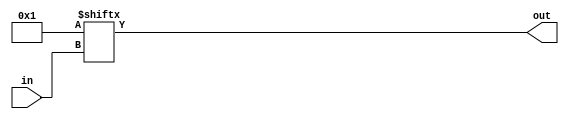
module lutN #(
    parameter N = 1,
    parameter init = 1
) (
    input [N-1:0] in,
    output out
);
  assign out = init[in];
endmodule

module LUT4_8192 (
    input I0,
    input I1,
    input I2,
    input I3,
    output O
);
wire coreir_lut4_inst0_out;
wire [3:0] coreir_lut4_inst0_in;
assign coreir_lut4_inst0_in = {I3,I2,I1,I0};
lutN #(
    .init(16'h2000),
    .N(4)
) coreir_lut4_inst0 (
    .in(coreir_lut4_inst0_in),
    .out(coreir_lut4_inst0_out)
);
assign O = coreir_lut4_inst0_out;
endmodule

module LUT4_8 (
    input I0,
    input I1,
    input I2,
    input I3,
    output O
);
wire coreir_lut4_inst0_out;
wire [3:0] coreir_lut4_inst0_in;
assign coreir_lut4_inst0_in = {I3,I2,I1,I0};
lutN #(
    .init(16'h0008),
    .N(4)
) coreir_lut4_inst0 (
    .in(coreir_lut4_inst0_in),
    .out(coreir_lut4_inst0_out)
);
assign O = coreir_lut4_inst0_out;
endmodule

module LUT4_64 (
    input I0,
    input I1,
    input I2,
    input I3,
    output O
);
wire coreir_lut4_inst0_out;
wire [3:0] coreir_lut4_inst0_in;
assign coreir_lut4_inst0_in = {I3,I2,I1,I0};
lutN #(
    .init(16'h0040),
    .N(4)
) coreir_lut4_inst0 (
    .in(coreir_lut4_inst0_in),
    .out(coreir_lut4_inst0_out)
);
assign O = coreir_lut4_inst0_out;
endmodule

module LUT4_512 (
    input I0,
    input I1,
    input I2,
    input I3,
    output O
);
wire coreir_lut4_inst0_out;
wire [3:0] coreir_lut4_inst0_in;
assign coreir_lut4_inst0_in = {I3,I2,I1,I0};
lutN #(
    .init(16'h0200),
    .N(4)
) coreir_lut4_inst0 (
    .in(coreir_lut4_inst0_in),
    .out(coreir_lut4_inst0_out)
);
assign O = coreir_lut4_inst0_out;
endmodule

module LUT4_4096 (
    input I0,
    input I1,
    input I2,
    input I3,
    output O
);
wire coreir_lut4_inst0_out;
wire [3:0] coreir_lut4_inst0_in;
assign coreir_lut4_inst0_in = {I3,I2,I1,I0};
lutN #(
    .init(16'h1000),
    .N(4)
) coreir_lut4_inst0 (
    .in(coreir_lut4_inst0_in),
    .out(coreir_lut4_inst0_out)
);
assign O = coreir_lut4_inst0_out;
endmodule

module LUT4_4 (
    input I0,
    input I1,
    input I2,
    input I3,
    output O
);
wire coreir_lut4_inst0_out;
wire [3:0] coreir_lut4_inst0_in;
assign coreir_lut4_inst0_in = {I3,I2,I1,I0};
lutN #(
    .init(16'h0004),
    .N(4)
) coreir_lut4_inst0 (
    .in(coreir_lut4_inst0_in),
    .out(coreir_lut4_inst0_out)
);
assign O = coreir_lut4_inst0_out;
endmodule

module LUT4_32768 (
    input I0,
    input I1,
    input I2,
    input I3,
    output O
);
wire coreir_lut4_inst0_out;
wire [3:0] coreir_lut4_inst0_in;
assign coreir_lut4_inst0_in = {I3,I2,I1,I0};
lutN #(
    .init(16'h8000),
    .N(4)
) coreir_lut4_inst0 (
    .in(coreir_lut4_inst0_in),
    .out(coreir_lut4_inst0_out)
);
assign O = coreir_lut4_inst0_out;
endmodule

module LUT4_32 (
    input I0,
    input I1,
    input I2,
    input I3,
    output O
);
wire coreir_lut4_inst0_out;
wire [3:0] coreir_lut4_inst0_in;
assign coreir_lut4_inst0_in = {I3,I2,I1,I0};
lutN #(
    .init(16'h0020),
    .N(4)
) coreir_lut4_inst0 (
    .in(coreir_lut4_inst0_in),
    .out(coreir_lut4_inst0_out)
);
assign O = coreir_lut4_inst0_out;
endmodule

module LUT4_256 (
    input I0,
    input I1,
    input I2,
    input I3,
    output O
);
wire coreir_lut4_inst0_out;
wire [3:0] coreir_lut4_inst0_in;
assign coreir_lut4_inst0_in = {I3,I2,I1,I0};
lutN #(
    .init(16'h0100),
    .N(4)
) coreir_lut4_inst0 (
    .in(coreir_lut4_inst0_in),
    .out(coreir_lut4_inst0_out)
);
assign O = coreir_lut4_inst0_out;
endmodule

module LUT4_2048 (
    input I0,
    input I1,
    input I2,
    input I3,
    output O
);
wire coreir_lut4_inst0_out;
wire [3:0] coreir_lut4_inst0_in;
assign coreir_lut4_inst0_in = {I3,I2,I1,I0};
lutN #(
    .init(16'h0800),
    .N(4)
) coreir_lut4_inst0 (
    .in(coreir_lut4_inst0_in),
    .out(coreir_lut4_inst0_out)
);
assign O = coreir_lut4_inst0_out;
endmodule

module LUT4_2 (
    input I0,
    input I1,
    input I2,
    input I3,
    output O
);
wire coreir_lut4_inst0_out;
wire [3:0] coreir_lut4_inst0_in;
assign coreir_lut4_inst0_in = {I3,I2,I1,I0};
lutN #(
    .init(16'h0002),
    .N(4)
) coreir_lut4_inst0 (
    .in(coreir_lut4_inst0_in),
    .out(coreir_lut4_inst0_out)
);
assign O = coreir_lut4_inst0_out;
endmodule

module LUT4_16384 (
    input I0,
    input I1,
    input I2,
    input I3,
    output O
);
wire coreir_lut4_inst0_out;
wire [3:0] coreir_lut4_inst0_in;
assign coreir_lut4_inst0_in = {I3,I2,I1,I0};
lutN #(
    .init(16'h4000),
    .N(4)
) coreir_lut4_inst0 (
    .in(coreir_lut4_inst0_in),
    .out(coreir_lut4_inst0_out)
);
assign O = coreir_lut4_inst0_out;
endmodule

module LUT4_16 (
    input I0,
    input I1,
    input I2,
    input I3,
    output O
);
wire coreir_lut4_inst0_out;
wire [3:0] coreir_lut4_inst0_in;
assign coreir_lut4_inst0_in = {I3,I2,I1,I0};
lutN #(
    .init(16'h0010),
    .N(4)
) coreir_lut4_inst0 (
    .in(coreir_lut4_inst0_in),
    .out(coreir_lut4_inst0_out)
);
assign O = coreir_lut4_inst0_out;
endmodule

module LUT4_128 (
    input I0,
    input I1,
    input I2,
    input I3,
    output O
);
wire coreir_lut4_inst0_out;
wire [3:0] coreir_lut4_inst0_in;
assign coreir_lut4_inst0_in = {I3,I2,I1,I0};
lutN #(
    .init(16'h0080),
    .N(4)
) coreir_lut4_inst0 (
    .in(coreir_lut4_inst0_in),
    .out(coreir_lut4_inst0_out)
);
assign O = coreir_lut4_inst0_out;
endmodule

module LUT4_1024 (
    input I0,
    input I1,
    input I2,
    input I3,
    output O
);
wire coreir_lut4_inst0_out;
wire [3:0] coreir_lut4_inst0_in;
assign coreir_lut4_inst0_in = {I3,I2,I1,I0};
lutN #(
    .init(16'h0400),
    .N(4)
) coreir_lut4_inst0 (
    .in(coreir_lut4_inst0_in),
    .out(coreir_lut4_inst0_out)
);
assign O = coreir_lut4_inst0_out;
endmodule

module LUT4_1 (
    input I0,
    input I1,
    input I2,
    input I3,
    output O
);
wire coreir_lut4_inst0_out;
wire [3:0] coreir_lut4_inst0_in;
assign coreir_lut4_inst0_in = {I3,I2,I1,I0};
lutN #(
    .init(16'h0001),
    .N(4)
) coreir_lut4_inst0 (
    .in(coreir_lut4_inst0_in),
    .out(coreir_lut4_inst0_out)
);
assign O = coreir_lut4_inst0_out;
endmodule

module Decoder4 (
    input [3:0] I,
    output [15:0] O
);
wire LUT4_1024_inst0_O;
wire LUT4_128_inst0_O;
wire LUT4_16384_inst0_O;
wire LUT4_16_inst0_O;
wire LUT4_1_inst0_O;
wire LUT4_2048_inst0_O;
wire LUT4_256_inst0_O;
wire LUT4_2_inst0_O;
wire LUT4_32768_inst0_O;
wire LUT4_32_inst0_O;
wire LUT4_4096_inst0_O;
wire LUT4_4_inst0_O;
wire LUT4_512_inst0_O;
wire LUT4_64_inst0_O;
wire LUT4_8192_inst0_O;
wire LUT4_8_inst0_O;
LUT4_1024 LUT4_1024_inst0 (
    .I0(I[0]),
    .I1(I[1]),
    .I2(I[2]),
    .I3(I[3]),
    .O(LUT4_1024_inst0_O)
);
LUT4_128 LUT4_128_inst0 (
    .I0(I[0]),
    .I1(I[1]),
    .I2(I[2]),
    .I3(I[3]),
    .O(LUT4_128_inst0_O)
);
LUT4_16384 LUT4_16384_inst0 (
    .I0(I[0]),
    .I1(I[1]),
    .I2(I[2]),
    .I3(I[3]),
    .O(LUT4_16384_inst0_O)
);
LUT4_16 LUT4_16_inst0 (
    .I0(I[0]),
    .I1(I[1]),
    .I2(I[2]),
    .I3(I[3]),
    .O(LUT4_16_inst0_O)
);
LUT4_1 LUT4_1_inst0 (
    .I0(I[0]),
    .I1(I[1]),
    .I2(I[2]),
    .I3(I[3]),
    .O(LUT4_1_inst0_O)
);
LUT4_2048 LUT4_2048_inst0 (
    .I0(I[0]),
    .I1(I[1]),
    .I2(I[2]),
    .I3(I[3]),
    .O(LUT4_2048_inst0_O)
);
LUT4_256 LUT4_256_inst0 (
    .I0(I[0]),
    .I1(I[1]),
    .I2(I[2]),
    .I3(I[3]),
    .O(LUT4_256_inst0_O)
);
LUT4_2 LUT4_2_inst0 (
    .I0(I[0]),
    .I1(I[1]),
    .I2(I[2]),
    .I3(I[3]),
    .O(LUT4_2_inst0_O)
);
LUT4_32768 LUT4_32768_inst0 (
    .I0(I[0]),
    .I1(I[1]),
    .I2(I[2]),
    .I3(I[3]),
    .O(LUT4_32768_inst0_O)
);
LUT4_32 LUT4_32_inst0 (
    .I0(I[0]),
    .I1(I[1]),
    .I2(I[2]),
    .I3(I[3]),
    .O(LUT4_32_inst0_O)
);
LUT4_4096 LUT4_4096_inst0 (
    .I0(I[0]),
    .I1(I[1]),
    .I2(I[2]),
    .I3(I[3]),
    .O(LUT4_4096_inst0_O)
);
LUT4_4 LUT4_4_inst0 (
    .I0(I[0]),
    .I1(I[1]),
    .I2(I[2]),
    .I3(I[3]),
    .O(LUT4_4_inst0_O)
);
LUT4_512 LUT4_512_inst0 (
    .I0(I[0]),
    .I1(I[1]),
    .I2(I[2]),
    .I3(I[3]),
    .O(LUT4_512_inst0_O)
);
LUT4_64 LUT4_64_inst0 (
    .I0(I[0]),
    .I1(I[1]),
    .I2(I[2]),
    .I3(I[3]),
    .O(LUT4_64_inst0_O)
);
LUT4_8192 LUT4_8192_inst0 (
    .I0(I[0]),
    .I1(I[1]),
    .I2(I[2]),
    .I3(I[3]),
    .O(LUT4_8192_inst0_O)
);
LUT4_8 LUT4_8_inst0 (
    .I0(I[0]),
    .I1(I[1]),
    .I2(I[2]),
    .I3(I[3]),
    .O(LUT4_8_inst0_O)
);
assign O = {LUT4_32768_inst0_O,LUT4_16384_inst0_O,LUT4_8192_inst0_O,LUT4_4096_inst0_O,LUT4_2048_inst0_O,LUT4_1024_inst0_O,LUT4_512_inst0_O,LUT4_256_inst0_O,LUT4_128_inst0_O,LUT4_64_inst0_O,LUT4_32_inst0_O,LUT4_16_inst0_O,LUT4_8_inst0_O,LUT4_4_inst0_O,LUT4_2_inst0_O,LUT4_1_inst0_O};
endmodule